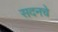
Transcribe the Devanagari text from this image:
सदनचे